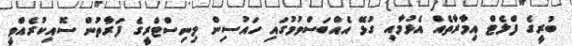
ބުރީގެ ފްލެޓް އިމާރާތެއް އެޅުމާއި ގުޅޭ އެއްބަސްވުމުގައި ހައުސިން މިނިސްޓްރީގެ ފަރާތުން ސޮއިކުރެއްވީ